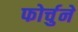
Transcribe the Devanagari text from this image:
फोर्चुने